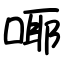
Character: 㖿